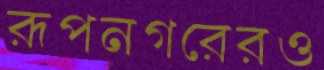
রূপনগরেরও